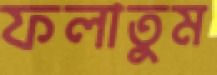
ফলাতুম